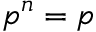
{ \mathfrak { p } } ^ { n } = { \mathfrak { p } }